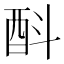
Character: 酙